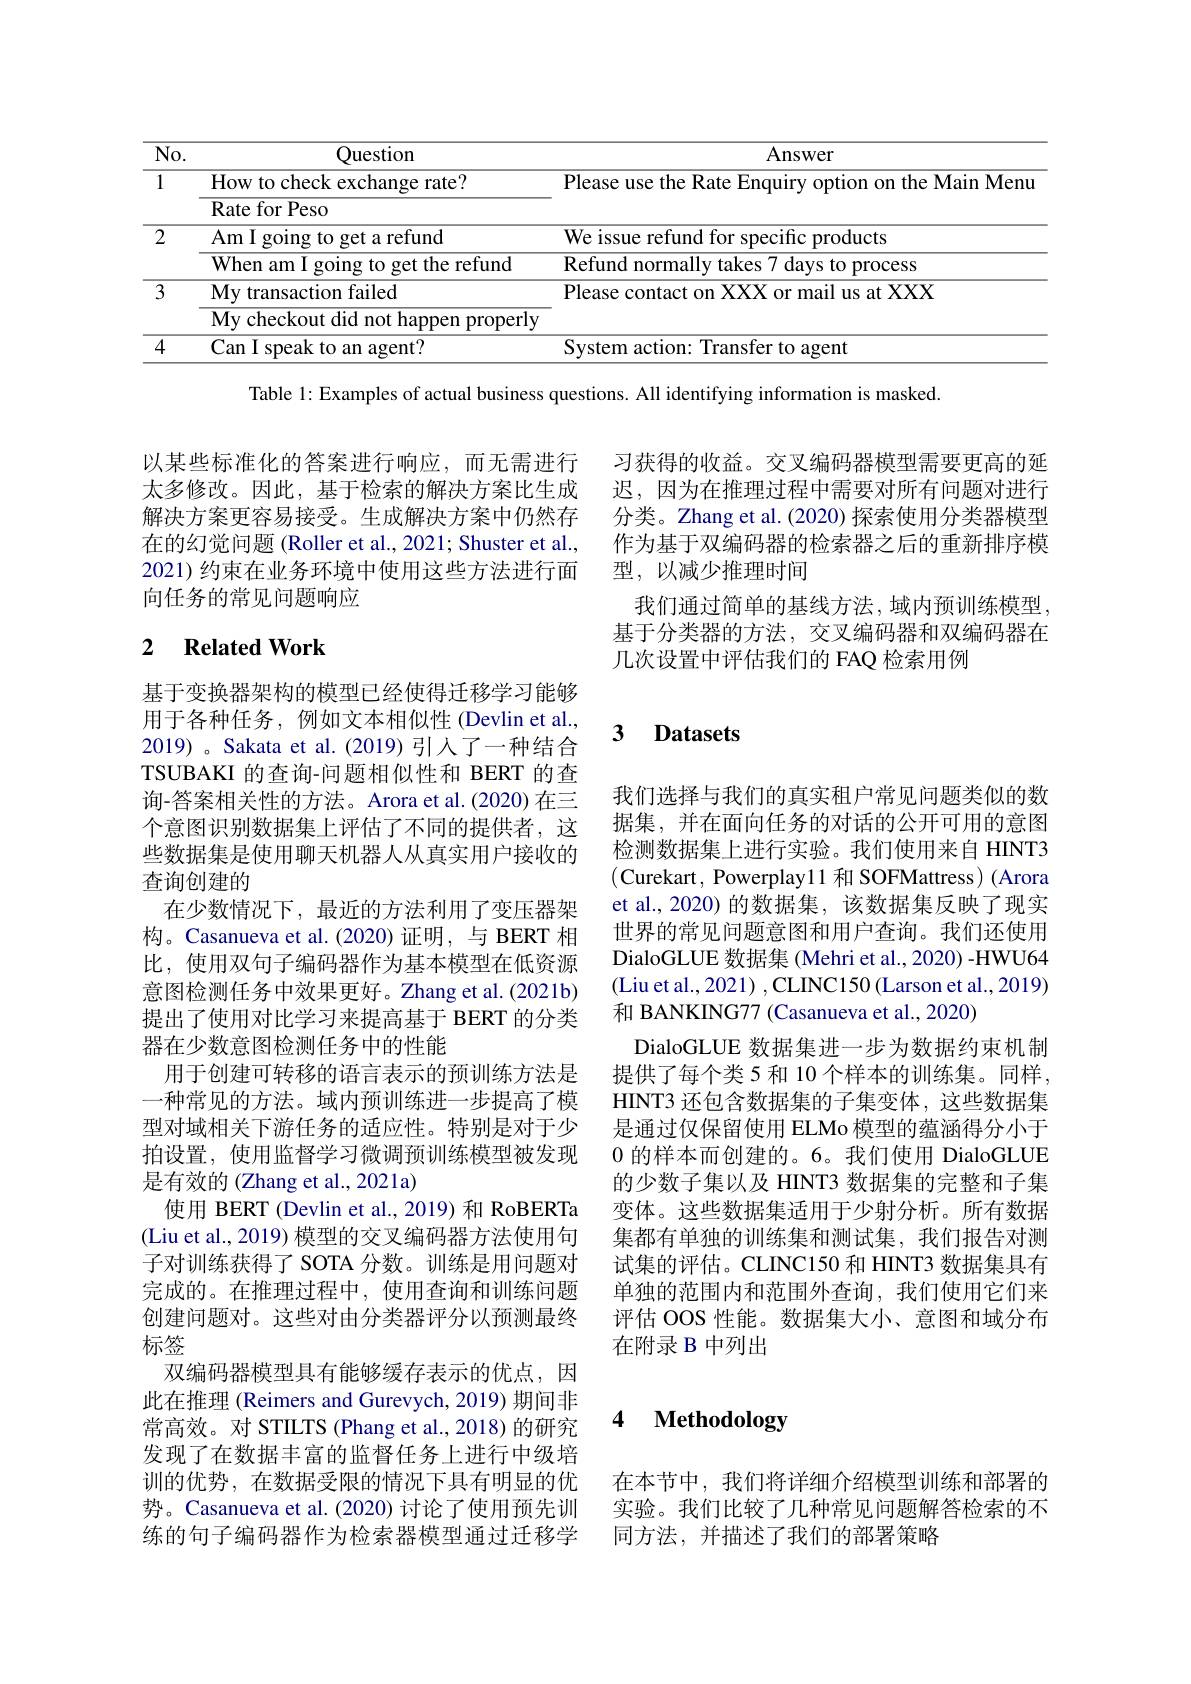
<table>
	<tbody>
		<tr>
			<th>$\overline{\mathrm{No.}}$</th>
			<th>Question</th>
			<th>Answer</th>
		</tr>
		<tr>
			<td rowspan="2">1</td>
			<td>How to check exchange rate?</td>
			<td>Please Menu</td>
		</tr>
		<tr>
			<td>Rate for Peso</td>
			<td> </td>
		</tr>
		<tr>
			<td rowspan="2">2</td>
			<td>Am I going to get a refund</td>
			<td>$W\rho$ $18c11P$ products</td>
		</tr>
		<tr>
			<td>${\mathrm{When~am~I~going~to~get~the~refund}}$</td>
			<td>Refund normal takes davs 110 process</td>
		</tr>
		<tr>
			<td rowspan="2">3</td>
			<td>$\mathbf{My}$ transaction failed</td>
			<td>$\mathbf{P} | _{\mathrm{ease}}$ atXXX $\mathbf{X}\mathbf{X}$ $0f$ ma1l 118</td>
		</tr>
		<tr>
			<td>My checkout did not happen properly</td>
			<td> </td>
		</tr>
		<tr>
			<td>4</td>
			<td>Can I speak to an agent?</td>
			<td>Svstem gent</td>
		</tr>
	</tbody>
</table>

Table 1: Examples of actual business questions. All identifying information is masked.

以某些标准化的答案进行响应，而无需进行太多修改。因此，基于检索的解决方案比生成解决方案更容易接受。生成解决方案中仍然存在的幻觉问题 (Roller et al., 2021; Shuster et al., 2021) 约束在业务环境中使用这些方法进行面向任务的常见问题响应

习获得的收益。交叉编码器模型需要更高的延迟，因为在推理过程中需要对所有问题对进行分类。Zhang et al.(2020) 探索使用分类器模型作为基于双编码器的检索器之后的重新排序模型，以减少推理时间
我们通过简单的基线方法，域内预训练模型。基于分类器的方法，交叉编码器和双编码器在几次设置中评估我们的 FAQ 检索用例

### 2 $\textbf{Related Work}$

### $\textbf{3}$ $\textbf{Datasets}$

我们选择与我们的真实租户常见问题类似的数据集，并在面向任务的对话的公开可用的意图检测数据集上进行实验。我们使用来自 HINT3 (Curekart, Powerplay11 和 SOFMattress) (Arora et al., 2020) 的数据集，该数据集反映了现实世界的常见问题意图和用户查询。我们还使用DialoGLUE 数据集 (Mehri et al., 2020) -HWU64 (Liu et al., 2021) , CLINC150 (Larson et al., 2019) 和 BANKING77 (Casanueva et al.,2020)
DialoGLUE 数据集进一步为数据约束机制提供了每个类 5 和 10 个样本的训练集。同样， HINT3 还包含数据集的子集变体，这些数据集是通过仅保留使用 ELMo 模型的蕴涵得分小于0的样本而创建的。6。我们使用 DialoGLUE 的少数子集以及 HINT3 数据集的完整和子集变体。这些数据集适用于少射分析。所有数据集都有单独的训练集和测试集，我们报告对测试集的评估。CLINC150 和 HINT3 数据集具有单独的范围内和范围外查询，我们使用它们来评估 OOS 性能。数据集大小、意图和域分布在附录 B 中列出

基于变换器架构的模型已经使得迁移学习能够用于各种任务，例如文本相似性(Devlin et al., 2019) 。Sakata et al.(2019) 引人了一种结合TSUBAKI 的查询-问题相似性和 BERT 的查询-答案相关性的方法。Arora et al.(2020) 在三个意图识别数据集上评估了不同的提供者，这些数据集是使用聊天机器人从真实用户接收的查询创建的
在少数情况下，最近的方法利用了变压器架构。Casanueva et al.(2020)证明，与 BERT 相比，使用双句子编码器作为基本模型在低资源意图检测任务中效果更好。Zhang et al.(2021b) 提出了使用对比学习来提高基于 BERT 的分类器在少数意图检测任务中的性能
用于创建可转移的语言表示的预训练方法是一种常见的方法。域内预训练进一步提高了模型对域相关下游任务的适应性。特别是对于少拍设置，使用监督学习微调预训练模型被发现是有效的 (Zhang et al., 2021a)
使用 BERT (Devlin et al., 2019) 和 RoBERTa (Liu et al., 2019) 模型的交叉编码器方法使用句子对训练获得了 SOTA 分数。训练是用问题对完成的。在推理过程中，使用查询和训练问题创建问题对。这些对由分类器评分以预测最终标签
双编码器模型具有能够缓存表示的优点，因此在推理 (Reimers and Gurevych, 2019) 期间非常高效。对 STILTS (Phang et al., 2018) 的研究发现了在数据丰富的监督任务上进行中级培训的优势，在数据受限的情况下具有明显的优势。Casanueva et al.(2020) 讨论了使用预先训练的句子编码器作为检索器模型通过迁移学

### 4 $\textbf{Methodologw}$

在本节中，我们将详细介绍模型训练和部署的实验。我们比较了几种常见问题解答检索的不同方法，并描述了我们的部署策略